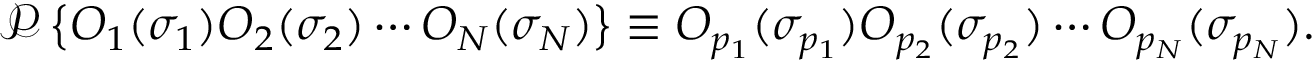
{ \mathcal { P } } \left\{ O _ { 1 } ( \sigma _ { 1 } ) O _ { 2 } ( \sigma _ { 2 } ) \cdots O _ { N } ( \sigma _ { N } ) \right\} \equiv O _ { p _ { 1 } } ( \sigma _ { p _ { 1 } } ) O _ { p _ { 2 } } ( \sigma _ { p _ { 2 } } ) \cdots O _ { p _ { N } } ( \sigma _ { p _ { N } } ) .